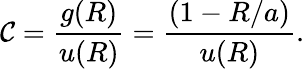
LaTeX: \mathcal{C}=\frac{{g(R)}}{{u(R)}}=\frac{{\left(1-R/a\right)}}{{u(R)}}.